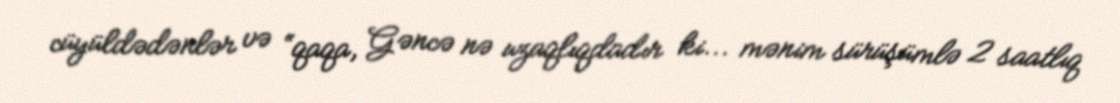
cüyüldədənlər və “qaqa, Gəncə nə uzaqlıqdadır ki... mənim sürüşümlə 2 saatlıq